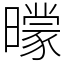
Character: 𣋡